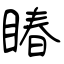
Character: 睶